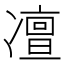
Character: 𠘐